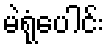
မဲရုံပေါင်း